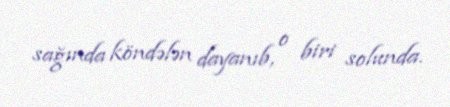
sağında köndələn dayanıb, o biri solunda.